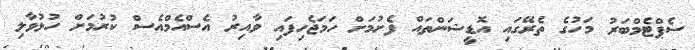
ސެޕްޓެމްބަރު މަހުގެ ތެރޭގައި އޮޑީޝަންތައް ފެށުމަށް ހަމަޖެހިފައި ވާއިރު އެސްއެމްއެސް ކުރުމަށް ހުޅުވާލި